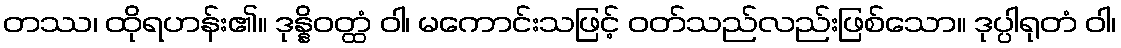
တဿ၊ ထိုရဟန်း၏။ ဒုန္နိဝတ္ထံ ဝါ၊ မကောင်းသဖြင့် ဝတ်သည်လည်းဖြစ်သော။ ဒုပ္ပါရုတံ ဝါ၊